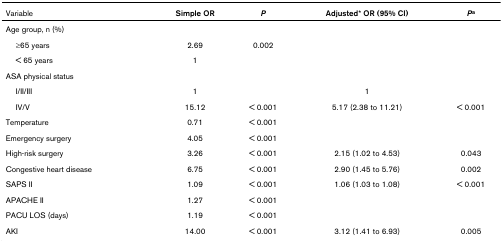
| Variable | Simple OR | P | Adjusted* OR (95% CI) | Pa |
 | --- | --- | --- | --- | --- |
 | Age group, n (%) |  |  |  |  |
 | ≥65 years | 2.69 | 0.002 |  |  |
 | < 65 years | 1 |  |  |  |
 | ASA physical status |  |  |  |  |
 | I/II/III | 1 |  | 1 |  |
 | IV/V | 15.12 | < 0.001 | 5.17 (2.38 to 11.21) | < 0.001 |
 | Temperature | 0.71 | < 0.001 |  |  |
 | Emergency surgery | 4.05 | < 0.001 |  |  |
 | High-risk surgery | 3.26 | < 0.001 | 2.15 (1.02 to 4.53) | 0.043 |
 | Congestive heart disease | 6.75 | < 0.001 | 2.90 (1.45 to 5.76) | 0.002 |
 | SAPS II | 1.09 | < 0.001 | 1.06 (1.03 to 1.08) | < 0.001 |
 | APACHE II | 1.27 | < 0.001 |  |  |
 | PACU LOS (days) | 1.19 | < 0.001 |  |  |
 | AKI | 14.00 | < 0.001 | 3.12 (1.41 to 6.93) | 0.005 |